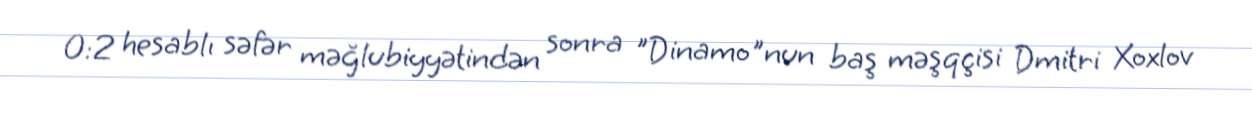
0:2 hesablı səfər məğlubiyyətindən sonra "Dinamo"nun baş məşqçisi Dmitri Xoxlov